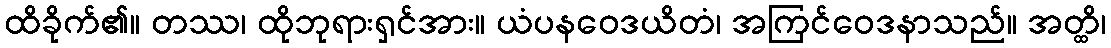
ထိခိုက်၏။ တဿ၊ ထိုဘုရားရှင်အား။ ယံပနဝေဒယိတံ၊ အကြင်ဝေဒနာသည်။ အတ္ထိ၊